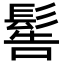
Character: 䯻